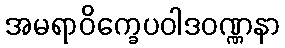
အမရာဝိက္ခေပဝါဒဝဏ္ဏနာ